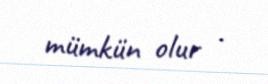
mümkün olur .